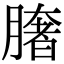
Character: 𦠏